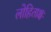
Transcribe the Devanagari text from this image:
लोहिताक्षः